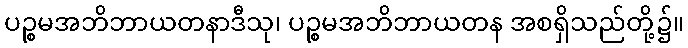
ပဉ္စမအဘိဘာယတနာဒီသု၊ ပဉ္စမအဘိဘာယတန အစရှိသည်တို့၌။